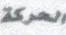
الحركە